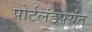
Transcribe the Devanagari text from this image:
पोर्टलंडपर्यंत